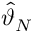
{ \hat { \vartheta } } _ { N }